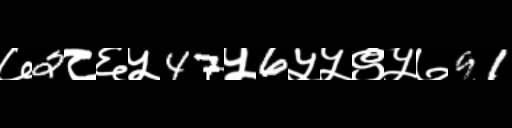
Text: ७2८६५47५6५५९५७91